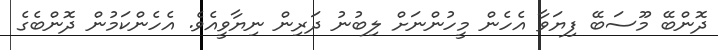
ދޮންބޭ މޫސަބޭ ފިޔަވާ އެހެން މީހުންނަށް ލިބުނު ދަރިން ނިޔާވީއެވެ. އެހެންކަމުން ދޮންބެގެ